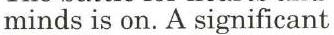
minds is on. A significant